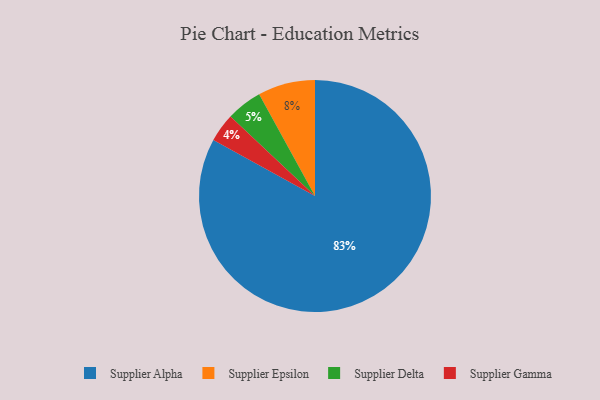
{"axis": {"x": "Category", "y": "Percentage"}, "legend": ["Supplier Alpha", "Supplier Delta", "Supplier Epsilon", "Supplier Gamma"], "data": [{"x": "Supplier Delta", "y": 5, "type": "Supplier Delta"}, {"x": "Supplier Epsilon", "y": 8, "type": "Supplier Epsilon"}, {"x": "Supplier Gamma", "y": 4, "type": "Supplier Gamma"}, {"x": "Supplier Alpha", "y": 83, "type": "Supplier Alpha"}]}